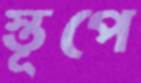
স্তূপে